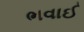
ભવાઈ